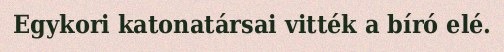
Egykori katonatársai vitték a bíró elé.